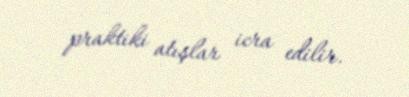
praktiki atışlar icra edilir.